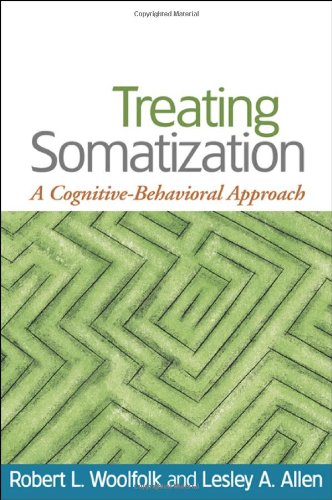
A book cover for Treating Somatization: A Cognitive-Behavioral Approach; Robert L. Woolfolk Phd; Health, Fitness & Dieting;